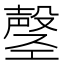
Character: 𫶲